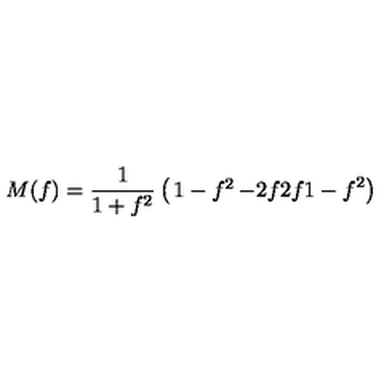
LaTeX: M ( f ) = \frac { 1 } { 1 + f ^ { 2 } } \left( \begin{matrix} { 1 - f ^ { 2 } } & { - 2 f } \\ { 2 f } & { 1 - f ^ { 2 } } \\ \end{matrix} \right)